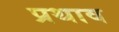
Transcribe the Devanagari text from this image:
प्रथाव